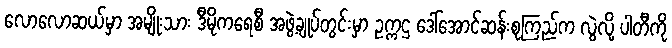
လောလောဆယ်မှာ အမျိုးသား ဒီမိုကရေစီ အဖွဲ့ချုပ်တွင်းမှာ ဥက္ကဌ ဒေါ်အောင်ဆန်းစုကြည်က လွဲလို့ ပါတီကို